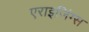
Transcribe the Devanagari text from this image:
एराइजिंग्स